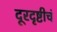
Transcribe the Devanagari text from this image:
दूरदृष्टीचं